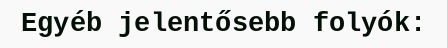
Egyéb jelentősebb folyók: